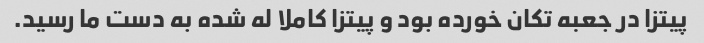
پیتزا در جعبه تکان خورده بود و پیتزا کاملا له شده به دست ما رسید.